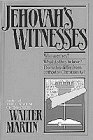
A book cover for Jehovah's Witnesses; Walter Martin; Christian Books & Bibles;